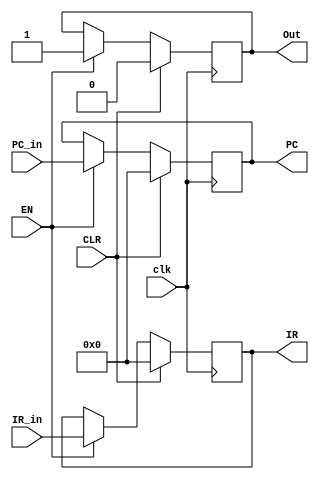
//
`timescale 1ns / 1ps
module IFtoID(
    //
    input clk, input EN, input CLR, output reg Out,
    input [31:0] IR_in, output reg [31:0] IR,
    input [31:0] PC_in, output reg [31:0] PC
    //
);
    always @(posedge clk) begin
        if (CLR) begin
            {Out,IR,PC} <= 0;
            
        end
        else if(EN) begin
            Out <= 1;
            IR <= IR_in;
            PC <= PC_in;
        end
    end

endmodule